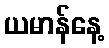
ယမာန်နေ့